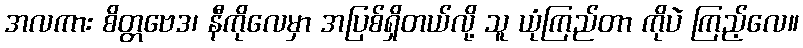
အလကား စိတ္တဗေဒ၊ နီကိုလေမှာ အပြစ်ရှိတယ်လို့ သူ ယုံကြည်တာ ကိုပဲ ကြည့်လေ။